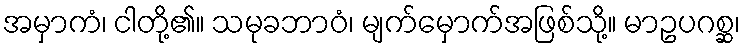
အမှာကံ၊ ငါတို့၏။ သမုခဘာဝံ၊ မျက်မှောက်အဖြစ်သို့။ မာဥပဂစ္ဆ၊